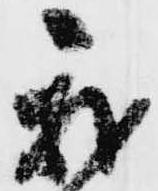
我